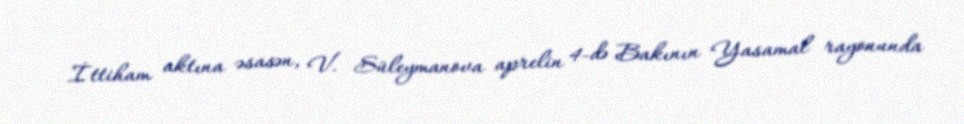
İttiham aktına əsasən, V. Süleymanova aprelin 4-də Bakının Yasamal rayonunda